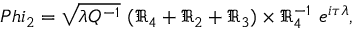
\, P h i _ { 2 } = \sqrt { \lambda Q ^ { - 1 } } ~ ( \Re _ { 4 } + \Re _ { 2 } + \Re _ { 3 } ) \times \Re _ { 4 } ^ { - 1 } ~ e ^ { i \tau \lambda } ,